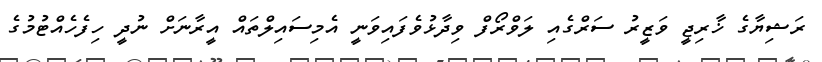
ރަޝިޔާގެ ޚާރިޖީ ވަޒީރު ސަރްގެއި ލަވްރޯފް ވިދާޅުވެފައިވަނީ އެމިސައިލްތައް އީރާނަށް ނުދީ ހިފެހެއްޓުމުގެ